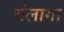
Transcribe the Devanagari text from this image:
यंलागा